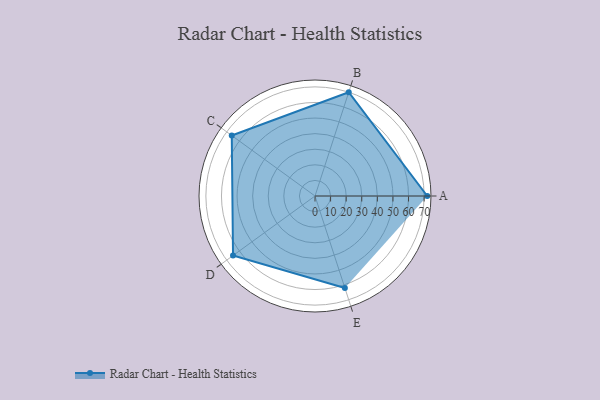
{"axis": {"x": "Skill", "y": "Score"}, "legend": ["Profile"], "data": [{"x": "A", "y": 72.0, "type": "Profile"}, {"x": "B", "y": 70.0, "type": "Profile"}, {"x": "C", "y": 66.0, "type": "Profile"}, {"x": "D", "y": 65.0, "type": "Profile"}, {"x": "E", "y": 62.0, "type": "Profile"}]}